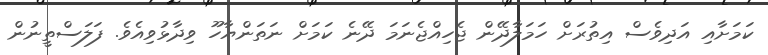
ކަމަށާއި އަދިވެސް އިތުރަށް ހަމަލާދޭން ޖެހިއްޖެނަމަ ދޭނެ ކަމަށް ނަތަންޔާހޫ ވިދާޅުވިއެވެ. ފަލަސްތީނުން